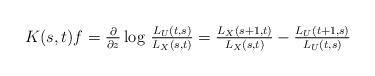
LaTeX: \begin{align*}K(s,t)f=\tfrac{\partial}{\partial z}\log\,\tfrac{L_U(t,s)}{L_X(s,t)}=\tfrac{L_X(s+1,t)}{L_X(s,t)}-\tfrac{L_U(t+1,s)}{L_U(t,s)}\end{align*}